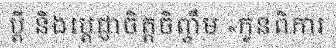
ប្តី និងប្តេជ្ញាចិត្តចិញ្ចឹម «កូនពិការ